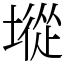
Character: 㙡